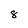
Character: 8